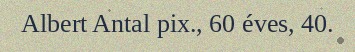
Albert Antal pix., 60 éves, 40.